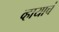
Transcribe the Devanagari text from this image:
व्हायाचं